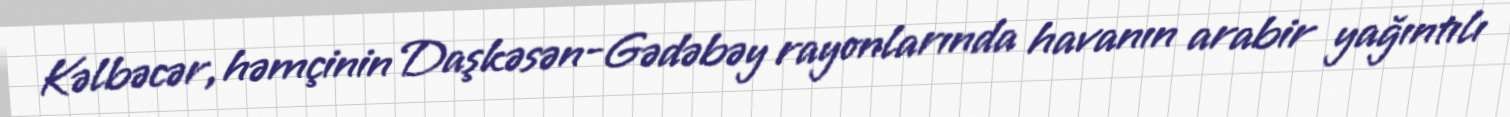
Kəlbəcər, həmçinin Daşkəsən-Gədəbəy rayonlarında havanın arabir yağıntılı